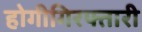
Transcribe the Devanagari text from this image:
होगीगिरफ्तारी